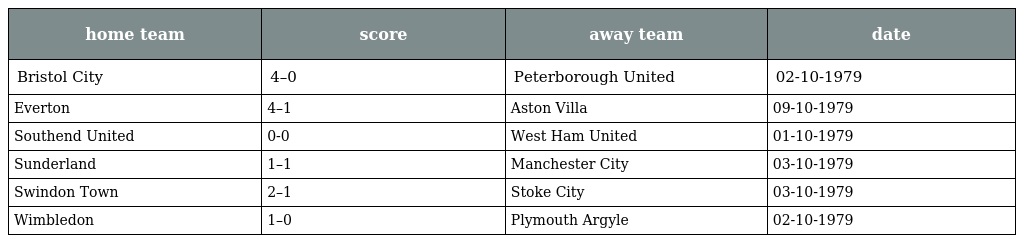
| home team | score | away team | date |
 | --- | --- | --- | --- |
 | Bristol City | 4–0 | Peterborough United | 02-10-1979 |
 | Everton | 4–1 | Aston Villa | 09-10-1979 |
 | Southend United | 0-0 | West Ham United | 01-10-1979 |
 | Sunderland | 1–1 | Manchester City | 03-10-1979 |
 | Swindon Town | 2–1 | Stoke City | 03-10-1979 |
 | Wimbledon | 1–0 | Plymouth Argyle | 02-10-1979 |